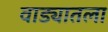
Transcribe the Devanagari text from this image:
वाड्यातला